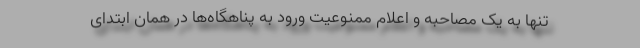
تنها به یک مصاحبه و اعلام ممنوعیت ورود به پناهگاه‌ها در همان ابتدای